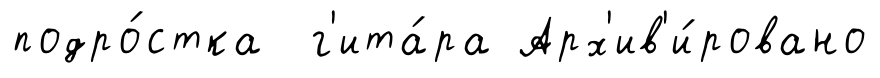
подро́стка г'ита́ра Арх'ив'и́ровано